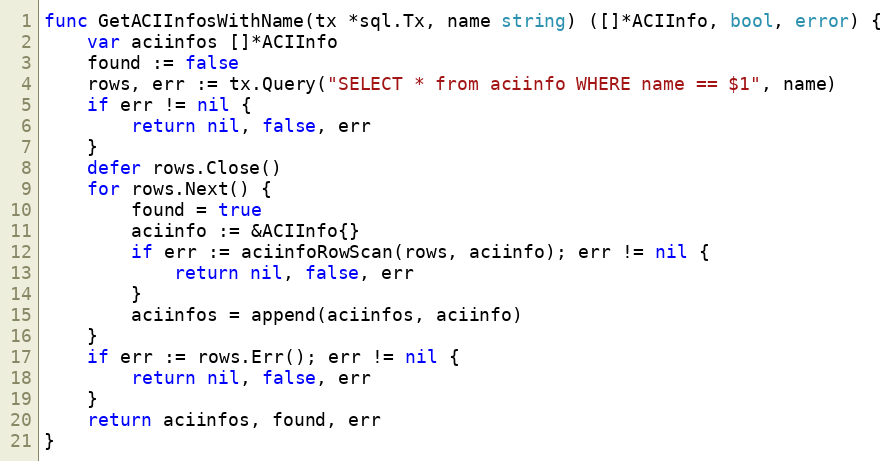
Language: Go
func GetACIInfosWithName(tx *sql.Tx, name string) ([]*ACIInfo, bool, error) {
	var aciinfos []*ACIInfo
	found := false
	rows, err := tx.Query("SELECT * from aciinfo WHERE name == $1", name)
	if err != nil {
		return nil, false, err
	}
	defer rows.Close()
	for rows.Next() {
		found = true
		aciinfo := &ACIInfo{}
		if err := aciinfoRowScan(rows, aciinfo); err != nil {
			return nil, false, err
		}
		aciinfos = append(aciinfos, aciinfo)
	}
	if err := rows.Err(); err != nil {
		return nil, false, err
	}
	return aciinfos, found, err
}